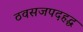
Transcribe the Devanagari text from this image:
ठवसजपदहद्ध